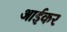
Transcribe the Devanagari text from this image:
आईकर